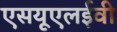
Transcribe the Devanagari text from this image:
एसयूएलईवी